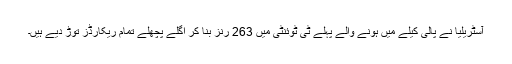
آسٹریلیا نے پالی کیلے میں ہونے والے پہلے ٹی ٹوئنٹی میں 263 رنز بنا کر اگلے پچھلے تمام ریکارڈز توڑ دیے ہیں۔